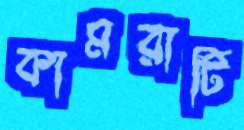
কামরাটি